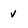
Character: v